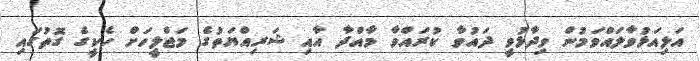
އަލިއަޅުވާލައްވަމުން ވިދާޅުވީ ދައުވާ ކުރައްވާ މާއްދާ އާއި ޝަރިއްޔަތުގެ މަޖްލީހަށް ހެކީގެ ގޮތުގައި